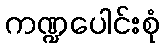
ကဏ္ဍပေါင်းစုံ